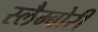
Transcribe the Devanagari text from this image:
स्लैम्बोरी